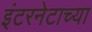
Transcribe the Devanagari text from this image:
इंटरनेटाच्या